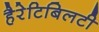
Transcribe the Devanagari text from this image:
हैरेटिबिलटी